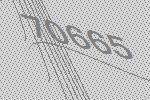
70665